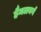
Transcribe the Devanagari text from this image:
हैमलबर्ग